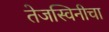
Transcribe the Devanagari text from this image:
तेजस्विनीचा